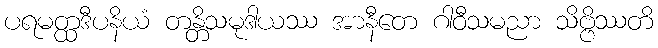
ပရမတ္ထဒီပနိယံ တန္တိသမုဒါယဿ အာနီတေ ဂါဝီသမညာ သိဗ္ဗိဿတိ